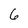
Character: 6